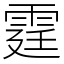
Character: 霆